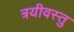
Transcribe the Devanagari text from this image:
त्रयीवस्तु